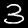
Digit: 3